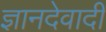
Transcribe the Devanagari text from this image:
ज्ञानदेवादी